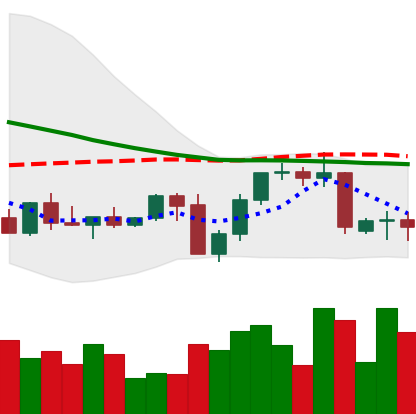
Ticker: NEO-USD
Chart end date: 2022-09-16
Forward return: -10.108%
Label: down_7plus